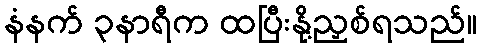
နံနက် ၃နာရီက ထပြီးနို့ညှစ်ရသည်။